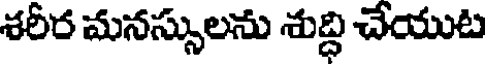
శరీర మనస్సులను శుద్ధి చేయుట